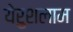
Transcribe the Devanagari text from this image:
येरुशलाम